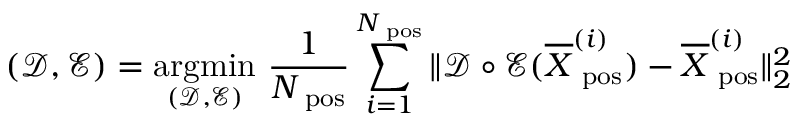
( \mathcal D , \mathcal E ) = \underset { ( \mathcal D , \mathcal E ) } { \mathrm { a r g m i n } } ~ \frac { 1 } { N _ { \mathrm { \scriptsize ~ p o s } } } \sum _ { i = 1 } ^ { N _ { \mathrm { \scriptsize ~ p o s } } } \| \mathcal D \circ \mathcal E ( \overline { { \boldsymbol X } } _ { \mathrm { \scriptsize ~ p o s } } ^ { ( i ) } ) - \overline { { \boldsymbol X } } _ { \mathrm { \scriptsize ~ p o s } } ^ { ( i ) } \| _ { 2 } ^ { 2 }